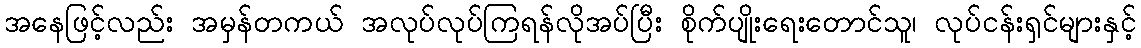
အနေဖြင့်လည်း အမှန်တကယ် အလုပ်လုပ်ကြရန်လိုအပ်ပြီး စိုက်ပျိုးရေးတောင်သူ၊ လုပ်ငန်းရှင်များနှင့်